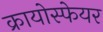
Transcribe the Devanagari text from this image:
क्रायोस्फेयर